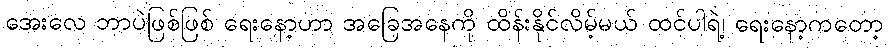
အေးလေ ဘာပဲဖြစ်ဖြစ် ရေးနော့ဟာ အခြေအနေကို ထိန်းနိုင်လိမ့်မယ် ထင်ပါရဲ့၊ ရေးနော့ကတော့